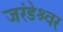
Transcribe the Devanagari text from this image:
जरंडेश्र्वर